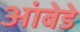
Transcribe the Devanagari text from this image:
आंबेडे